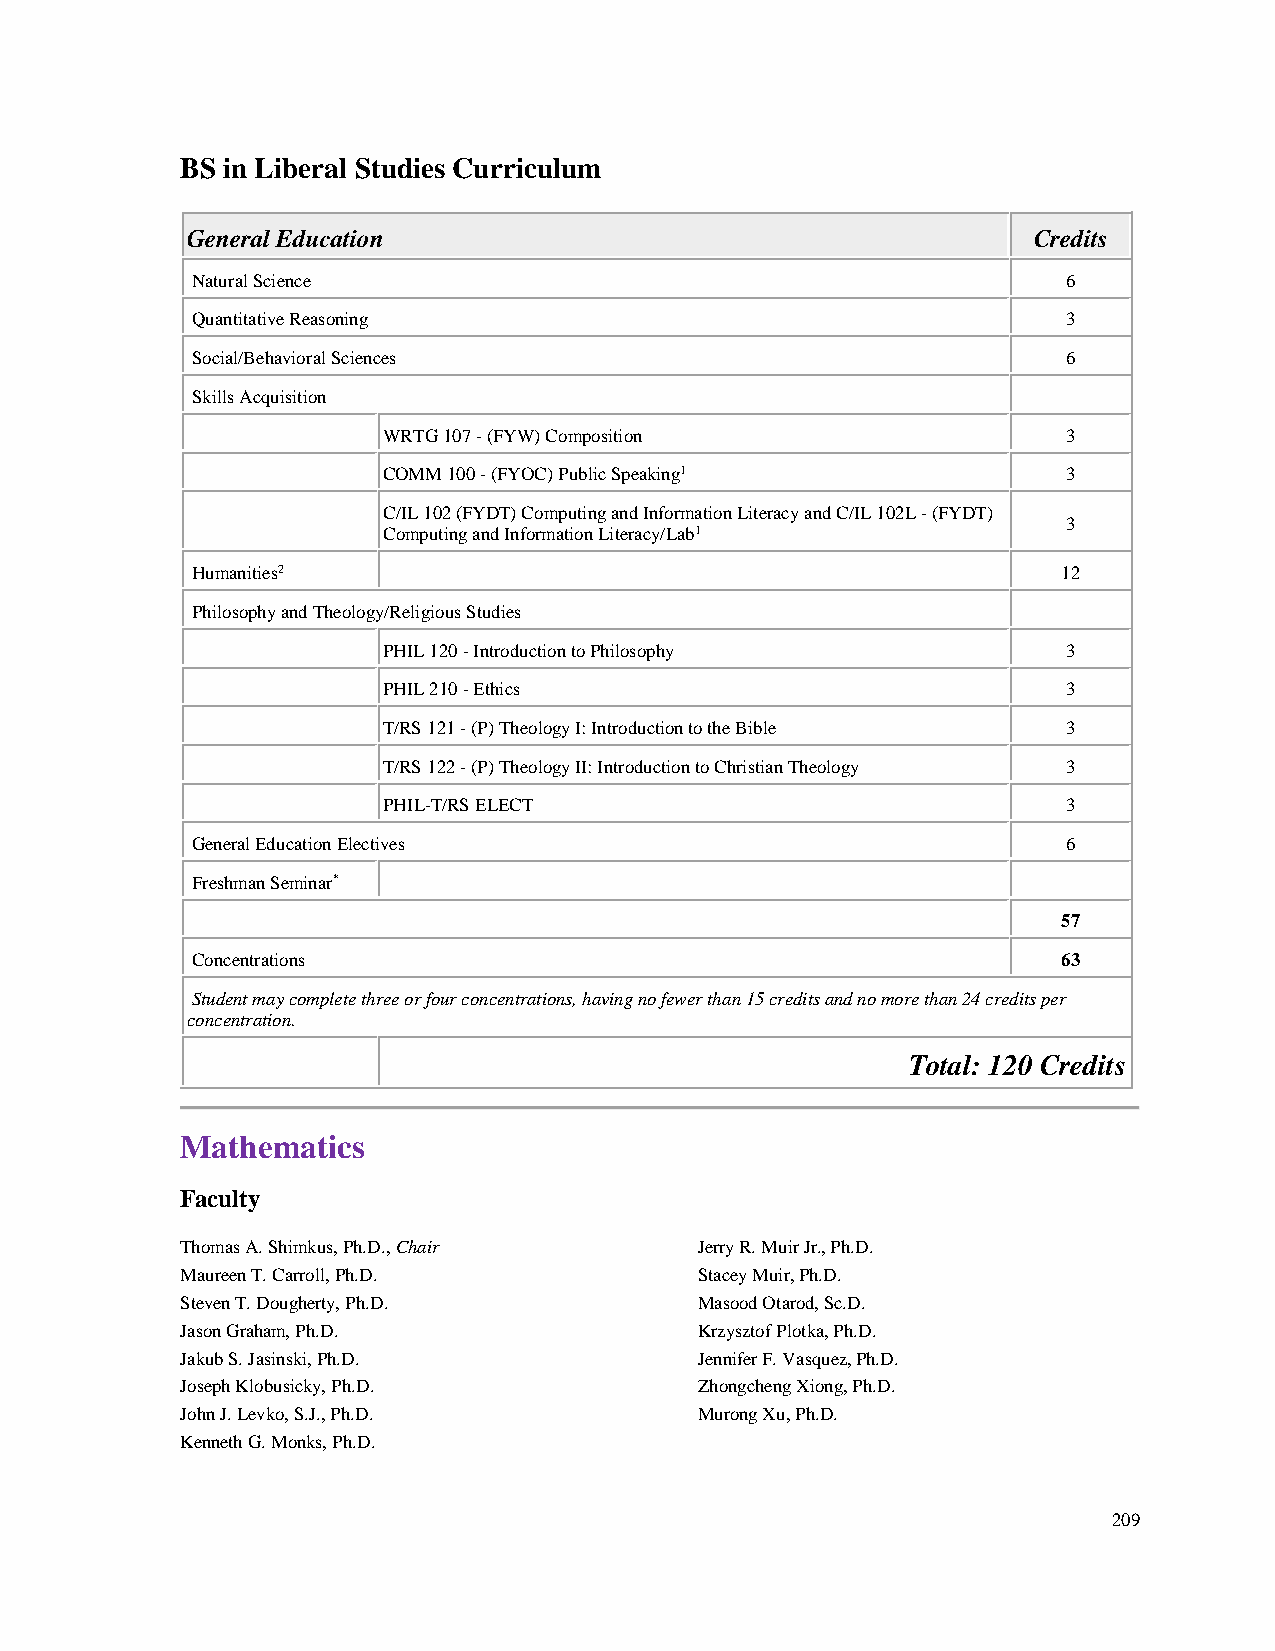
BS in Liberal Studies Curriculum
 General Education                                       Credits
 Natural Science                                           6
 Quantitative Reasoning                                    3
 Social/Behavioral Sciences                                6
 Skills Acquisition
 WRTG 107 - (FYW) Composition                  3
 COMM 100 - (FYOC) Public Speaking1            3
 C/IL 102 (FYDT) Computing and Information Literacy and C/IL 102L - (FYDT)
 3
 Computing and Information Literacy/Lab1
 Humanities2                                              12
 Philosophy and Theology/Religious Studies
 PHIL 120 - Introduction to Philosophy         3
 PHIL 210 - Ethics                             3
 T/RS 121 - (P) Theology I: Introduction to the Bible 3
 T/RS 122 - (P) Theology II: Introduction to Christian Theology 3
 PHIL-T/RS ELECT                               3
 General Education Electives                               6
 Freshman Seminar*
 57
 Concentrations                                           63
 Student may complete three or four concentrations, having no fewer than 15 credits and no more than 24 credits per
 concentration.
 Total: 120 Credits
 Mathematics
 Faculty
 Thomas A. Shimkus, Ph.D., Chair   Jerry R. Muir Jr., Ph.D.
 Maureen T. Carroll, Ph.D.         Stacey Muir, Ph.D.
 Steven T. Dougherty, Ph.D.        Masood Otarod, Sc.D.
 Jason Graham, Ph.D.               Krzysztof Plotka, Ph.D.
 Jakub S. Jasinski, Ph.D.          Jennifer F. Vasquez, Ph.D.
 Joseph Klobusicky, Ph.D.          Zhongcheng Xiong, Ph.D.
 John J. Levko, S.J., Ph.D.        Murong Xu, Ph.D.
 Kenneth G. Monks, Ph.D.
 209